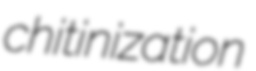
chitinization